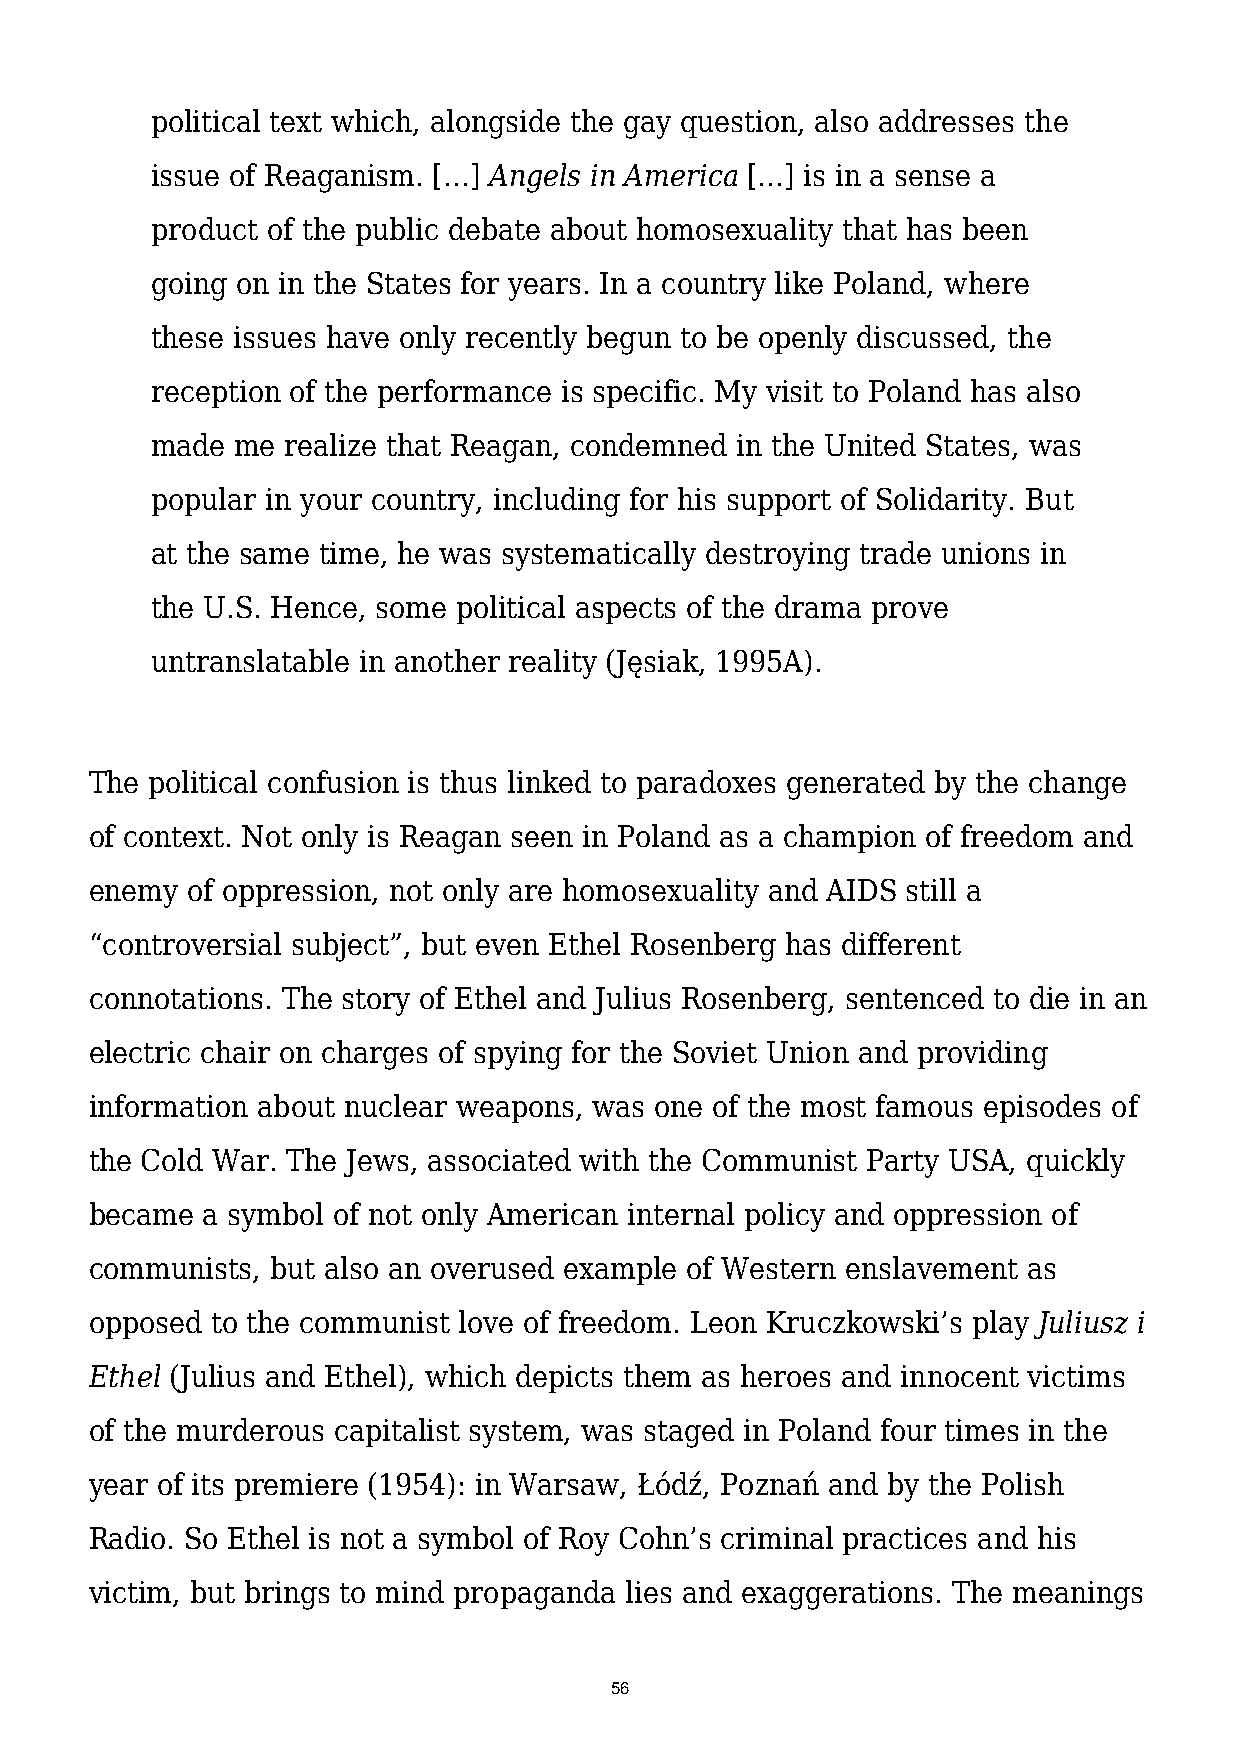
political text which, alongside the gay question, also addresses the
 issue of Reaganism. […] Angels in America […] is in a sense a
 product of the public debate about homosexuality that has been
 going on in the States for years. In a country like Poland, where
 these issues have only recently begun to be openly discussed, the
 reception of the performance is specific. My visit to Poland has also
 made  me realize that Reagan, condemned in the United States, was
 popular in your country, including for his support of Solidarity. But
 at the same time, he was systematically destroying trade unions in
 the U.S. Hence, some political aspects of the drama prove
 untranslatable in another reality (Jęsiak, 1995A).
 The political confusion is thus linked to paradoxes generated by the change
 of context. Not only is Reagan seen in Poland as a champion of freedom and
 enemy of oppression, not only are homosexuality and AIDS still a
 “controversial subject”, but even Ethel Rosenberg has different
 connotations. The story of Ethel and Julius Rosenberg, sentenced to die in an
 electric chair on charges of spying for the Soviet Union and providing
 information about nuclear weapons, was one of the most famous episodes of
 the Cold War. The Jews, associated with the Communist Party USA, quickly
 became a symbol of not only American internal policy and oppression of
 communists, but also an overused example of Western enslavement as
 opposed to the communist love of freedom. Leon Kruczkowski’s play Juliusz i
 Ethel (Julius and Ethel), which depicts them as heroes and innocent victims
 of the murderous capitalist system, was staged in Poland four times in the
 year of its premiere (1954): in Warsaw, Łódź, Poznań and by the Polish
 Radio. So Ethel is not a symbol of Roy Cohn’s criminal practices and his
 victim, but brings to mind propaganda lies and exaggerations. The meanings
 56